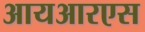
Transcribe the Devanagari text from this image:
आयआरएस